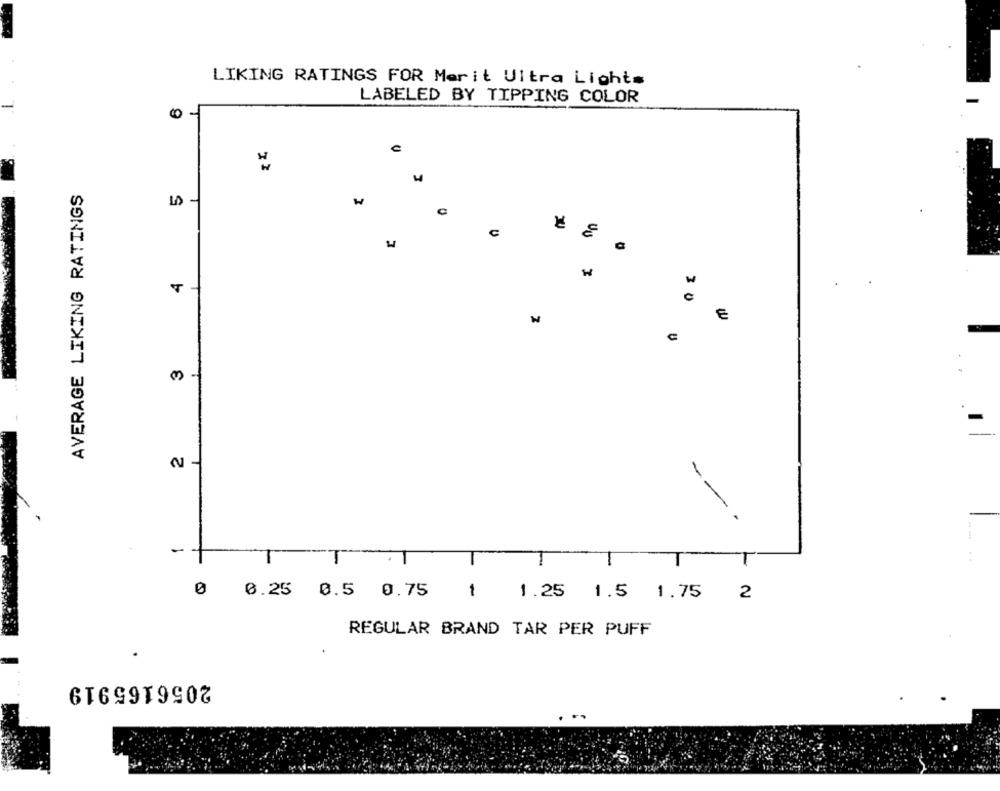
LIKING RATINGS FOR Merit Ultra Lights
LABELED BY TIPPING COLOR
0-
C
4
AVERAGE LIKING RATINGS
5
C
4
€
3
21
--
- -
0 0.25 0.5 0.75 1 1.25 1.5 1.75
2
REGULAR BRAND TAR PER PUFF
2056165919